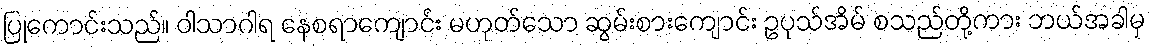
ပြုကောင်းသည်။ ဝါသာဂါရ နေစရာကျောင်း မဟုတ်သော ဆွမ်းစားကျောင်း ဥပုသ်အိမ် စသည်တို့ကား ဘယ်အခါမှ